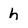
Character: h